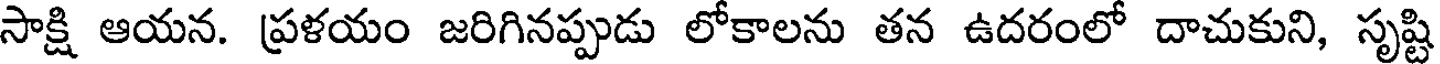
సాక్షి ఆయన. ప్రళయం జరిగినప్పుడు లోకాలను తన ఉదరంలో దాచుకుని, సృష్టి